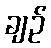
ချဉ်